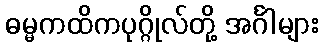
ဓမ္မကထိကပုဂ္ဂိုလ်တို့ အင်္ဂါများ